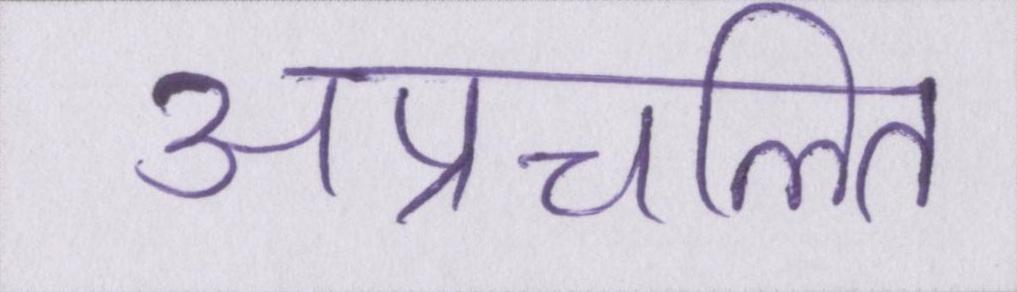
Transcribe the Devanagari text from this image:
अप्रचलित